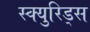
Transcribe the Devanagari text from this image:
स्क्युरिड्स